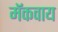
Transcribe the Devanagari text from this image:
मॅकवाय